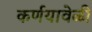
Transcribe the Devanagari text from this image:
कर्णयावेळी